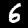
Digit: 6